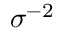
\sigma ^ { - 2 }